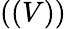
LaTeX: ((V))